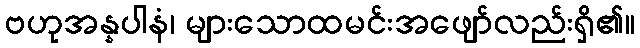
ဗဟုအန္နပါနံ၊ များသောထမင်းအဖျော်လည်းရှိ၏။